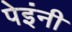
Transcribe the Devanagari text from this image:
पेइंनी